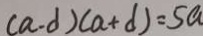
( a - d ) ( a + d ) = 5 a